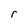
Character: r